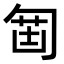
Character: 𠣲